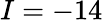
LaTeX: I=-14